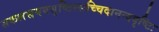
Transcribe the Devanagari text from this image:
सकलसमयसृष्टिस्सच्चिदानन्ददृष्टिः